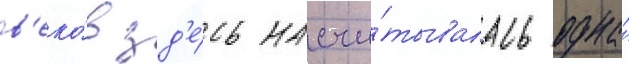
в'еко́в зд'е́сь насчи́тывалась одна́